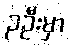
၃ဦးမှာ